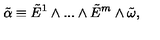
{ \tilde { \alpha } } \equiv { \tilde { E } } ^ { 1 } \wedge . . . \wedge { \tilde { E } } ^ { m } \wedge { \tilde { \omega } } ,